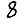
Digit: 8